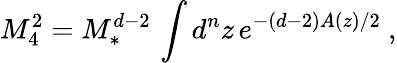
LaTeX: M_{4}^{2}=M_{*}^{d-2}\, \int d^{n}z\, e^{-(d-2)A(z)/2}\ ,